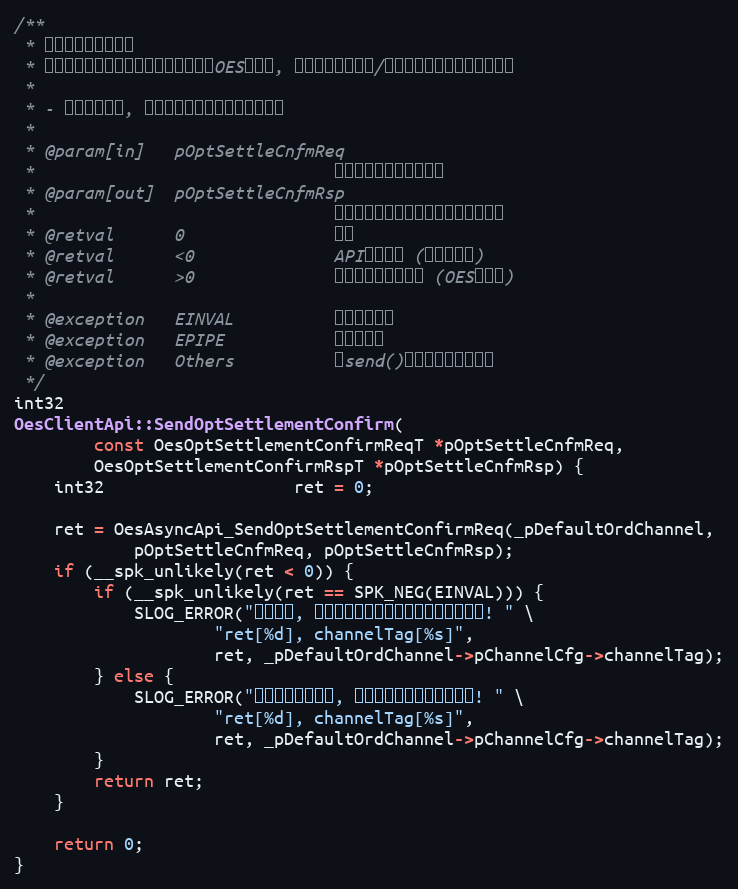
Language: C++
/**
 * 期权账户结算单确认
 * 结算单确认请求将通过委托通道发送到OES服务器, 并将采用同步请求/应答的方式直接返回处理结果
 *
 * - 结算单确认后, 方可进行委托申报和出入金请求
 *
 * @param[in]   pOptSettleCnfmReq
 *                              待发送的结算单确认请求
 * @param[out]  pOptSettleCnfmRsp
 *                              用于输出结算单确认请求应答的缓存区
 * @retval      0               成功
 * @retval      <0              API调用失败 (负的错误号)
 * @retval      >0              服务端业务处理失败 (OES错误号)
 *
 * @exception   EINVAL          传入参数非法
 * @exception   EPIPE           连接已破裂
 * @exception   Others          由send()系统调用返回的错误
 */
int32
OesClientApi::SendOptSettlementConfirm(
        const OesOptSettlementConfirmReqT *pOptSettleCnfmReq,
        OesOptSettlementConfirmRspT *pOptSettleCnfmRsp) {
    int32                   ret = 0;

    ret = OesAsyncApi_SendOptSettlementConfirmReq(_pDefaultOrdChannel,
            pOptSettleCnfmReq, pOptSettleCnfmRsp);
    if (__spk_unlikely(ret < 0)) {
        if (__spk_unlikely(ret == SPK_NEG(EINVAL))) {
            SLOG_ERROR("参数错误, 请参考日志信息检查相关数据是否合法! " \
                    "ret[%d], channelTag[%s]",
                    ret, _pDefaultOrdChannel->pChannelCfg->channelTag);
        } else {
            SLOG_ERROR("发送委托请求失败, 请等待连接就绪后继续尝试! " \
                    "ret[%d], channelTag[%s]",
                    ret, _pDefaultOrdChannel->pChannelCfg->channelTag);
        }
        return ret;
    }

    return 0;
}